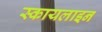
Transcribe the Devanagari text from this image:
स्कायलाइन